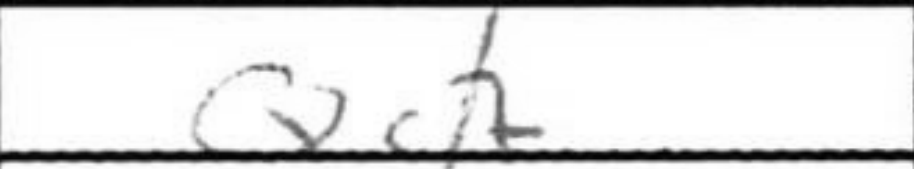
Transcription: Qc7